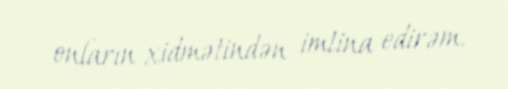
onların xidmətindən imtina edirəm.